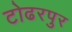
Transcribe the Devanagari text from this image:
टोढरपुर